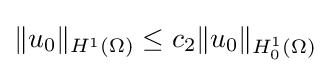
{\textstyle \|u_{0}\|_{H^{1}(\Omega )}\leq c_{2}\|u_{0}\|_{H_{0}^{1}(\Omega )}}